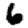
Digit: 6